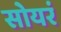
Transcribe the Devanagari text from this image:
सोयरं